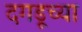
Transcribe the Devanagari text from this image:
दगडूच्या